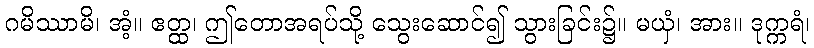
ဂမိဿာမိ၊ အံ့။ ဧတ္ထ၊ ဤတောအရပ်သို့ သွေးဆောင်၍ သွားခြင်း၌။ မယှံ၊ အား။ ဒုက္ကရံ၊